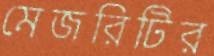
মেজরিটির